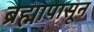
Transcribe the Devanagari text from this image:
ब्रह्मापासून